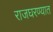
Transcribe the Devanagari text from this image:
राजघरण्यात